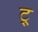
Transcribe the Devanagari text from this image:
ट्र्